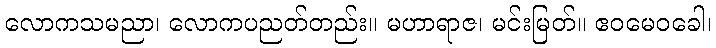
လောကသမညာ၊ လောကပညတ်တည်း။ မဟာရာဇ၊ မင်းမြတ်။ ဧဝမေဝခေါ၊